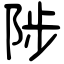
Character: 陟